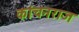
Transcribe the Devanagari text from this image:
कांचनराज